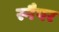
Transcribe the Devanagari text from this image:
स्नैपर